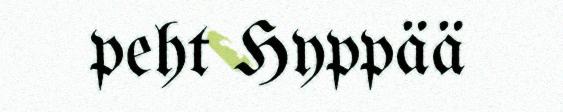
peht Hyppää